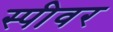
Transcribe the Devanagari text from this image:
स्पीवर